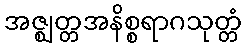
အဇ္ဈတ္တအနိစ္စရာဂသုတ္တံ